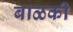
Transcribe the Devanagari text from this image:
बाळकी